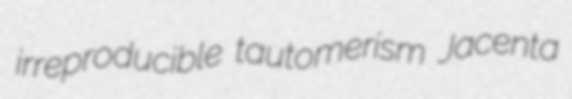
irreproducible tautomerism Jacenta